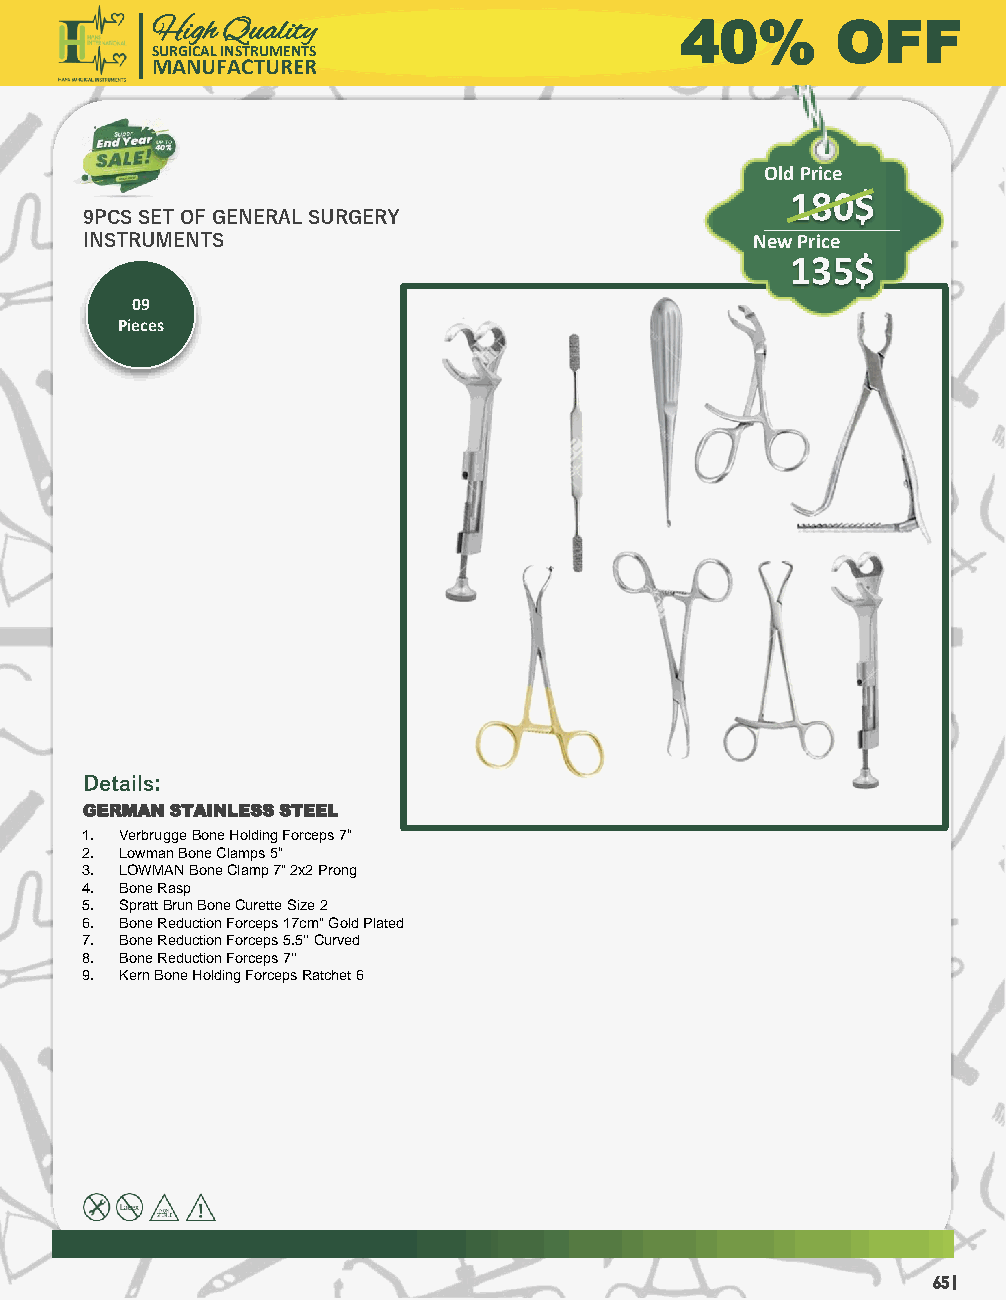
High Quality                       40%       OFF
 SURGICAL INSTRUMENTS
 MANUFACTURER
 Old Price
 180$
 9PCS SET OF GENERAL SURGERY
 INSTRUMENTS                                  New Price
 135$
 09
 Pieces
 Details:
 GERMAN STAINLESS STEEL
 1. VerbruggeBone Holding Forceps 7“
 2. Lowman Bone Clamps 5“
 3. LOWMAN Bone Clamp 7" 2x2 Prong
 4. Bone Rasp
 5. Spratt BrunBone Curette Size 2
 6. Bone Reduction Forceps 17cm" Gold Plated
 7. Bone Reduction Forceps 5.5'' Curved
 8. Bone Reduction Forceps 7'‘
 9. Kern Bone Holding Forceps Ratchet 6
 65 |